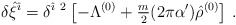
\begin{align*}\delta\hat{\xi}^{\hat{\imath}}=\delta^{\hat{\imath}\ 2}\left[-\Lambda^{(0)} +{\textstyle\frac{m}{2}}(2\pi\alpha^{\prime})\hat{\rho}^{(0)} \right]\, .\end{align*}